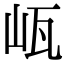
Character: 㼘